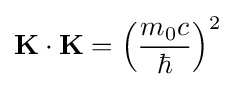
\mathbf {K} \cdot \mathbf {K} =\left({\frac {m_{0}c}{\hbar }}\right)^{2}